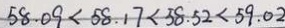
5 8 . 0 9 < 5 8 . 1 7 < 5 8 . 5 2 < 5 9 . 0 2